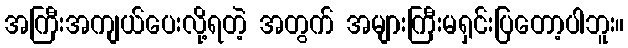
အကြီးအကျယ်ပေးလို့ရတဲ့ အတွက် အများကြီးမရှင်းပြတော့ပါဘူး။